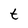
Character: t